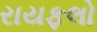
રાયફલો